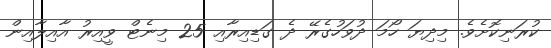
ކުރަނިކޮށެވެ. މިދިޔަ ހޯމަ ދުވަހުގެރޭ ދެ ގަޑިއިރާއި 25 މިނެޓް ވީއިރު އާއިލާއިން